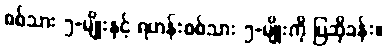
စစ်သား ၅-မျိုးနှင့် ရဟန်းစစ်သား ၅-မျိုးကို ပြဆိုခန်း။